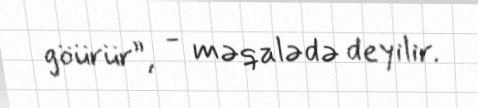
göürür”, - məqalədə deyilir.